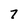
Character: 7